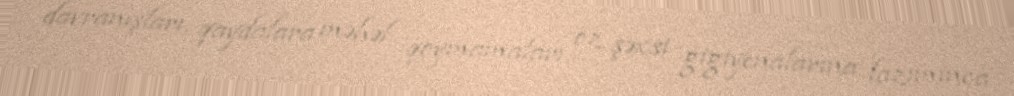
davranışları, qaydalara məhəl qoymamaları, öz şəxsi gigiyenalarına lazımınca